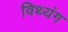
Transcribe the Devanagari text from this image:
विथ्यंग